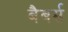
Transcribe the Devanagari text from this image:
बैबर्स